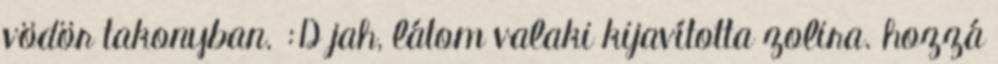
vödör takonyban. :D jah, látom valaki kijavította zolira. hozzá